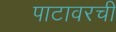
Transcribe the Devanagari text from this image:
पाटावरची